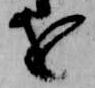
を